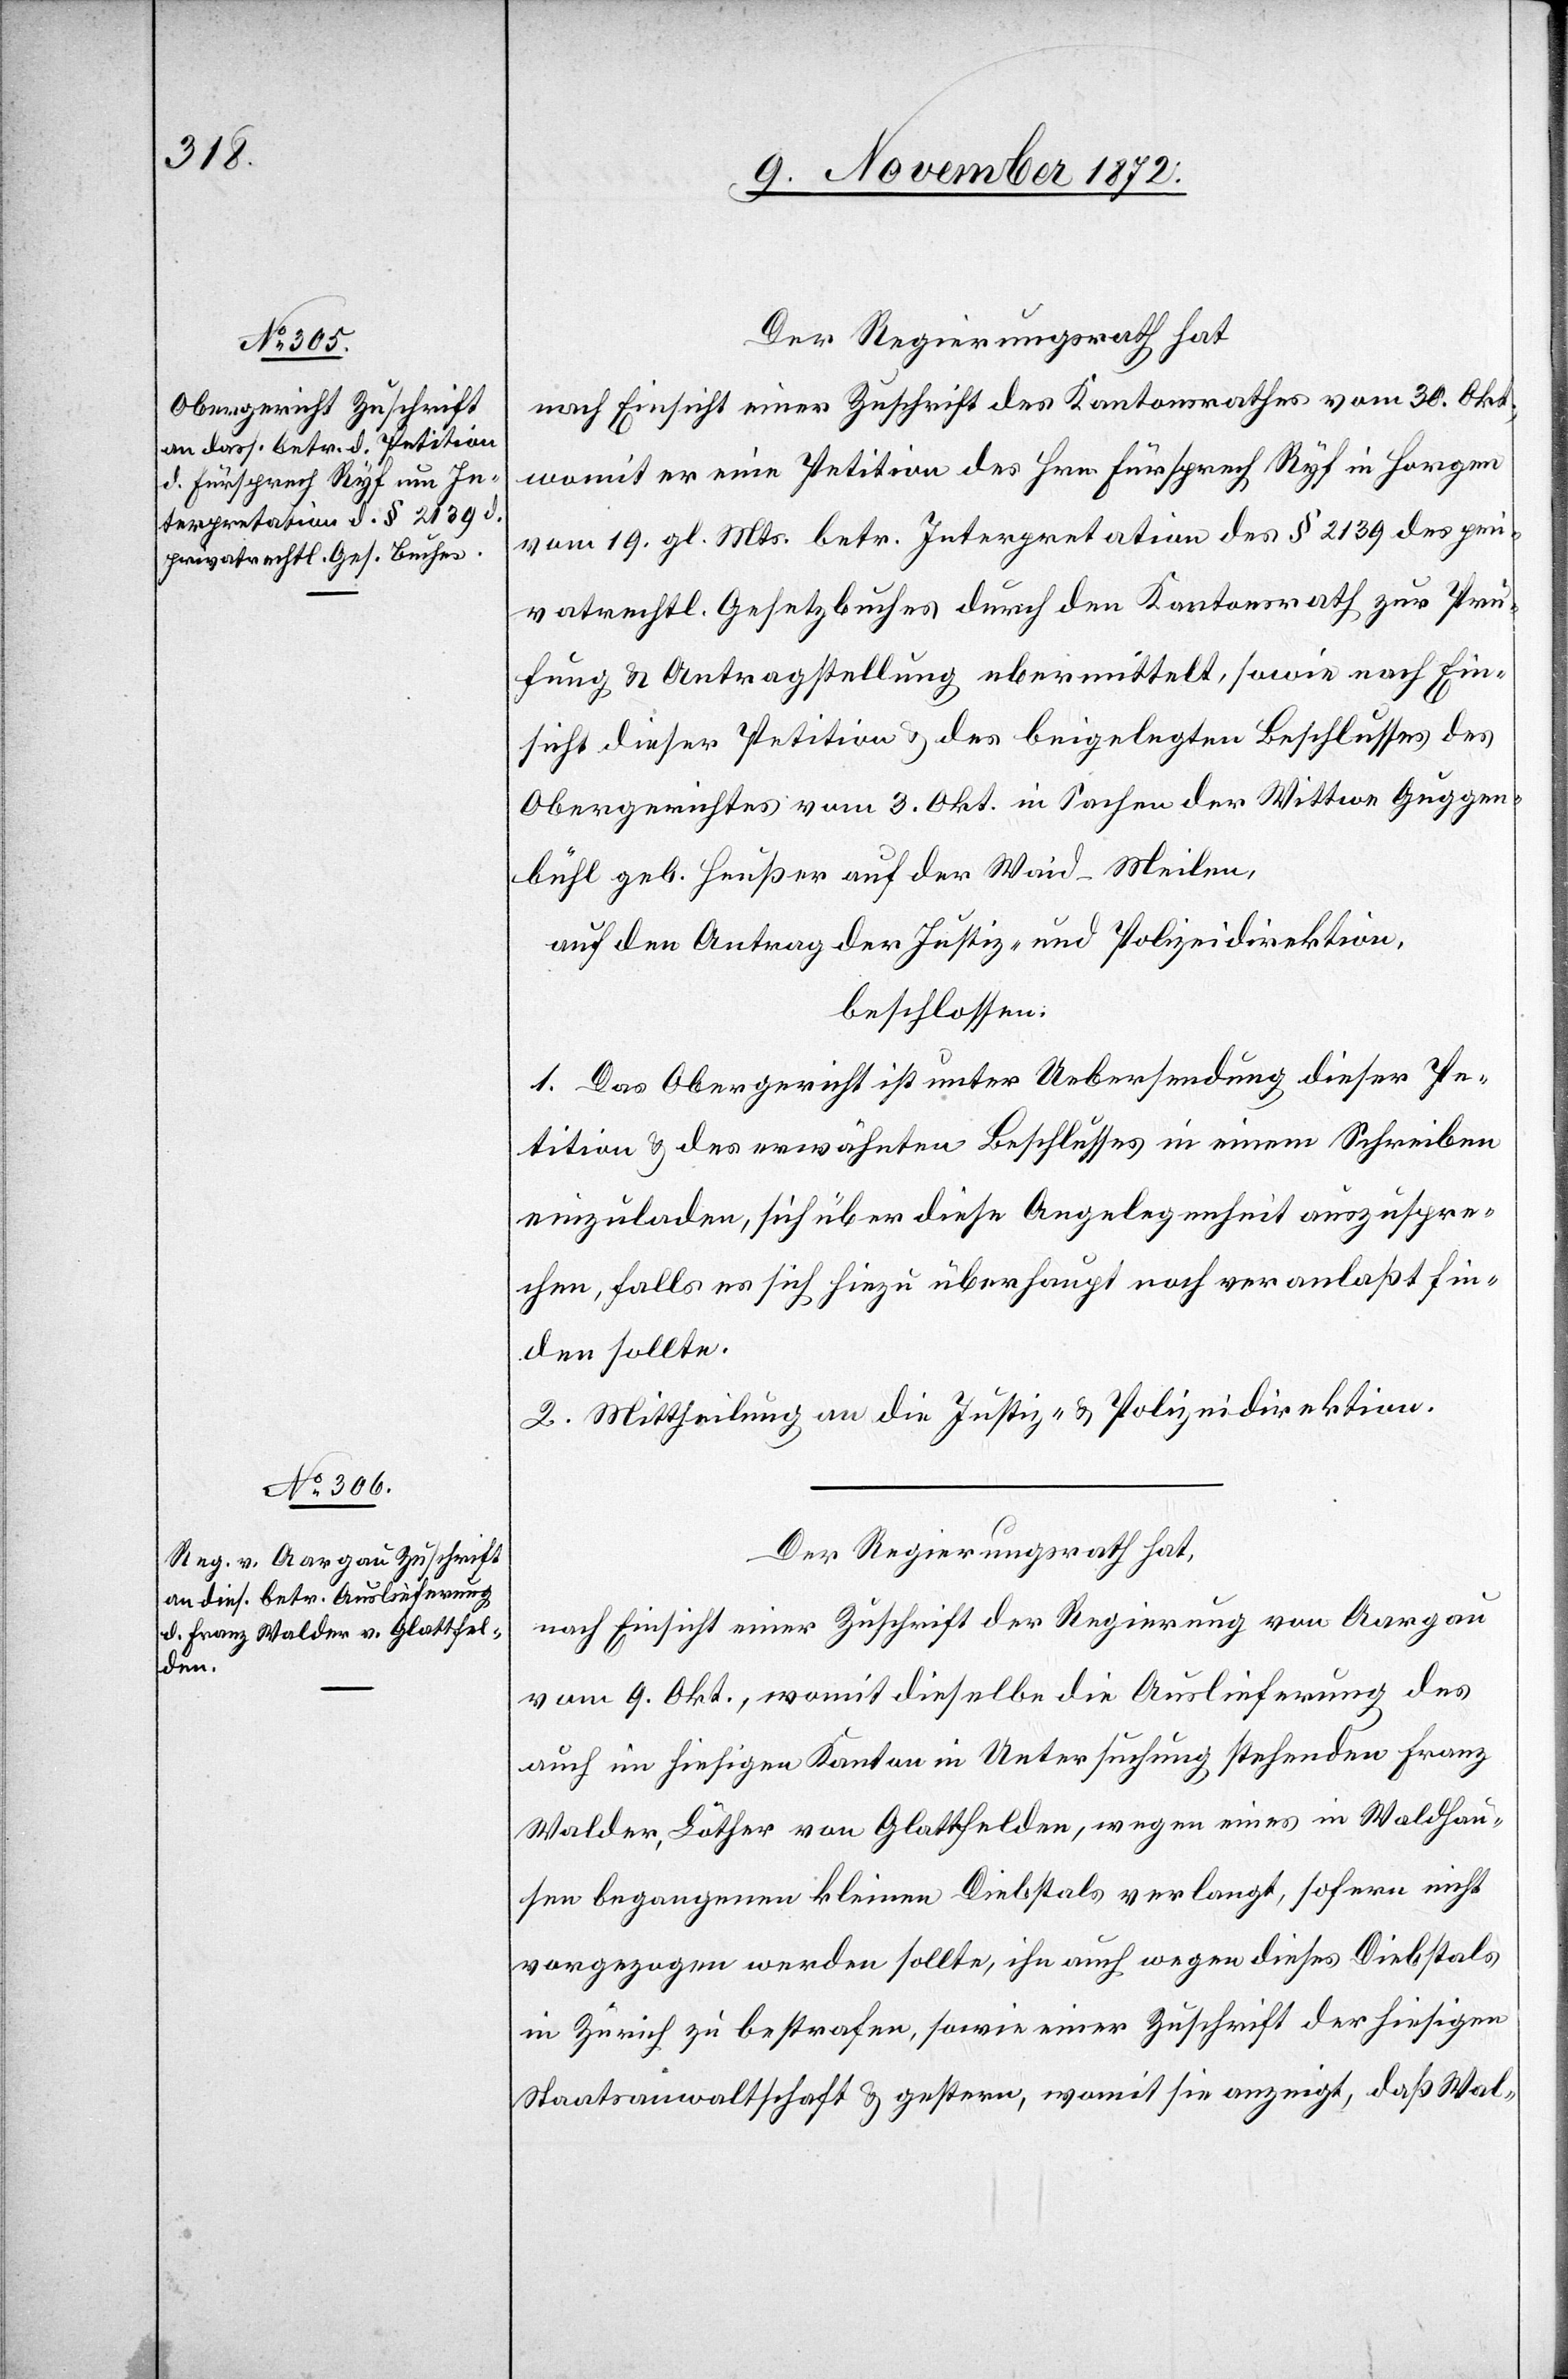
Der Regierungsrath hat
nach Einsicht einer Zuschrift des Kantonsrathes vom 30. Okt.,
womit er eine Petition des Hrn. Fürsprech Ryf in Horgen
vom 19. gl. Mts. betr. Interpretation des § 2139 des pri¬
vatrechtl. Gesetzbuches durch den Kantonsrath zur Prü¬
fung u. Antragstellung übermittelt, sowie nach Ein¬
sicht dieser Petition u. des beigelegten Beschlusses des
Obergerichtes vom 3. Okt. in Sachen der Wittwe Guggen¬
bühl geb. Heußer auf der Waid-Meilen,
auf den Antrag der Justiz- u. Polizeidirektion,
beschlossen:
1. Das Obergericht ist unter Uebersendung dieser Pe¬
tition u. des erwähnten Beschlusses in einem Schreiben
einzuladen, sich über diese Angelegenheit auszuspre¬
chen, falls es sich hiezu überhaupt noch veranlaßt fin¬
den sollte.
2. Mittheilung an die Justiz- u. Polizeidirektion.
Der Regierungsrath hat,
nach Einsicht einer Zuschrift der Regierung von Aargau
vom 9. Okt., womit dieselbe die Auslieferung des
auch im hiesigen Kanton in Untersuchung stehenden Franz
Walder, Löther von Glattfelden, wegen eines in Waldhau¬
sen begangenen kleinen Diebstals verlangt, sofern nicht
vorgezogen werden sollte, ihn auch wegen dieses Diebstals
in Zürich zu bestrafen, sowie einer Zuschrift der hiesigen
Staatsanwaltschaft u. gestern, womit sie anzeigt, daß Wal-